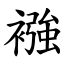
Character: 襁